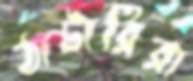
ঠাটারিরা